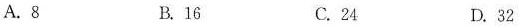
A.8 B.16 C.24 D.32